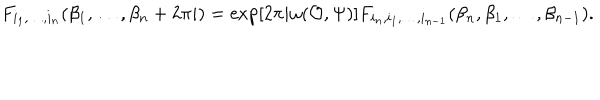
LaTeX: F _ { i _ { 1 } , \dots , i _ { n } } ( \beta _ { 1 } , \dots , \beta _ { n } + 2 \pi i ) = \exp [ 2 \pi i \omega ( { \cal O } , \Psi ) ] F _ { i _ { n } , i _ { 1 } , \dots , i _ { n - 1 } } ( \beta _ { n } , \beta _ { 1 } , \dots , \beta _ { n - 1 } ) .